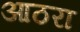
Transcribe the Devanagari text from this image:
आठरा